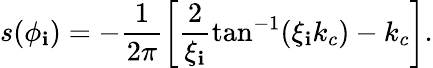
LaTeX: s(\phi_{\mathbf{i}})=-\frac{{1}}{{2\pi}}\left[\frac{{2}}{{\xi_{\mathbf{i}}}}\tan^{-1}(\xi_{\mathbf{i}}k_{c})-k_{c}\right].